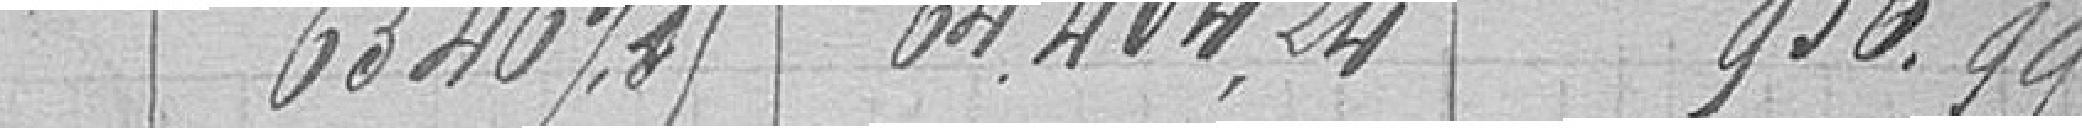
6346,73. 64404,24 936